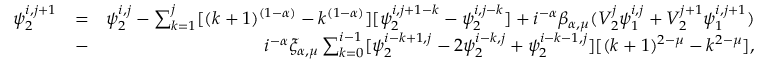
\begin{array} { r l r } { \psi _ { 2 } ^ { i , j + 1 } } & { = } & { \psi _ { 2 } ^ { i , j } - \sum _ { k = 1 } ^ { j } [ ( k + 1 ) ^ { ( 1 - \alpha ) } - k ^ { ( 1 - \alpha ) } ] [ \psi _ { 2 } ^ { i , j + 1 - k } - \psi _ { 2 } ^ { i , j - k } ] + i ^ { - \alpha } \beta _ { \alpha , \mu } ( V _ { 2 } ^ { j } \psi _ { 1 } ^ { i , j } + V _ { 2 } ^ { j + 1 } \psi _ { 1 } ^ { i , j + 1 } ) } \\ & { - } & { i ^ { - \alpha } \xi _ { \alpha , \mu } \sum _ { k = 0 } ^ { i - 1 } [ \psi _ { 2 } ^ { i - k + 1 , j } - 2 \psi _ { 2 } ^ { i - k , j } + \psi _ { 2 } ^ { i - k - 1 , j } ] [ ( k + 1 ) ^ { 2 - \mu } - k ^ { 2 - \mu } ] , } \end{array}